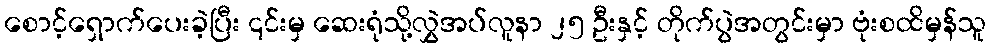
စောင့်ရှောက်ပေးခဲ့ပြီး ၎င်းမှ ဆေးရုံသို့လွှဲအပ်လူနာ ၂၅ ဦးနှင့် တိုက်ပွဲအတွင်းမှာ ဗုံးစထိမှန်သူ